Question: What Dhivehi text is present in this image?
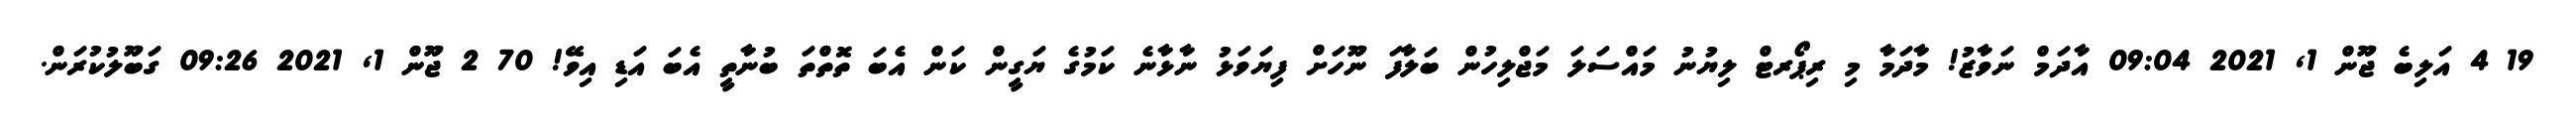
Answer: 19 4 އަލިބެ ޖޫން 1, 2021 09:04 އާދަމް ނަވާޒު! މާދަމާ މި ރިޕޯރޓް ލިޔުނު މައްސަލަ މަޖްލިހުން ބަލާފަ ނޫހަށް ފިޔަވަޅު ނާޅާނެ ކަމުގެ ޔަގީން ކަން އެބަ ތޮތްތަ ބުނާތީ އެބަ އަޑި އިވޭ! 70 2 ޖޫން 1, 2021 09:26 ގަބޫލުކުރަން.